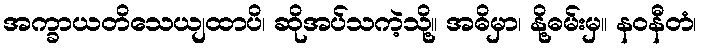
အက္ခာယတိသေယျထာပိ၊ ဆိုအပ်သကဲ့သို့။ အဓိမှာ၊ နို့ဓမ်းမှ။ နဝနီတံ၊